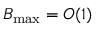
B _ { \mathrm { m a x } } = { \cal { O } } ( 1 )